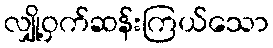
လျှို့ဝှက်ဆန်းကြယ်သော